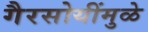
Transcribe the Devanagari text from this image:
गैरसोयींमुळे